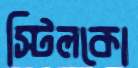
স্টিলকো